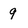
Character: 9